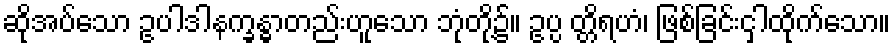
ဆိုအပ်သော ဥပါဒါနက္ခန္ဓာတည်းဟူသော ဘုံတို့၌။ ဥပ္ပ တ္တိရဟံ၊ ဖြစ်ခြင်းငှါထိုက်သော။